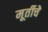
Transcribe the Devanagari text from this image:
मूर्तीचेे